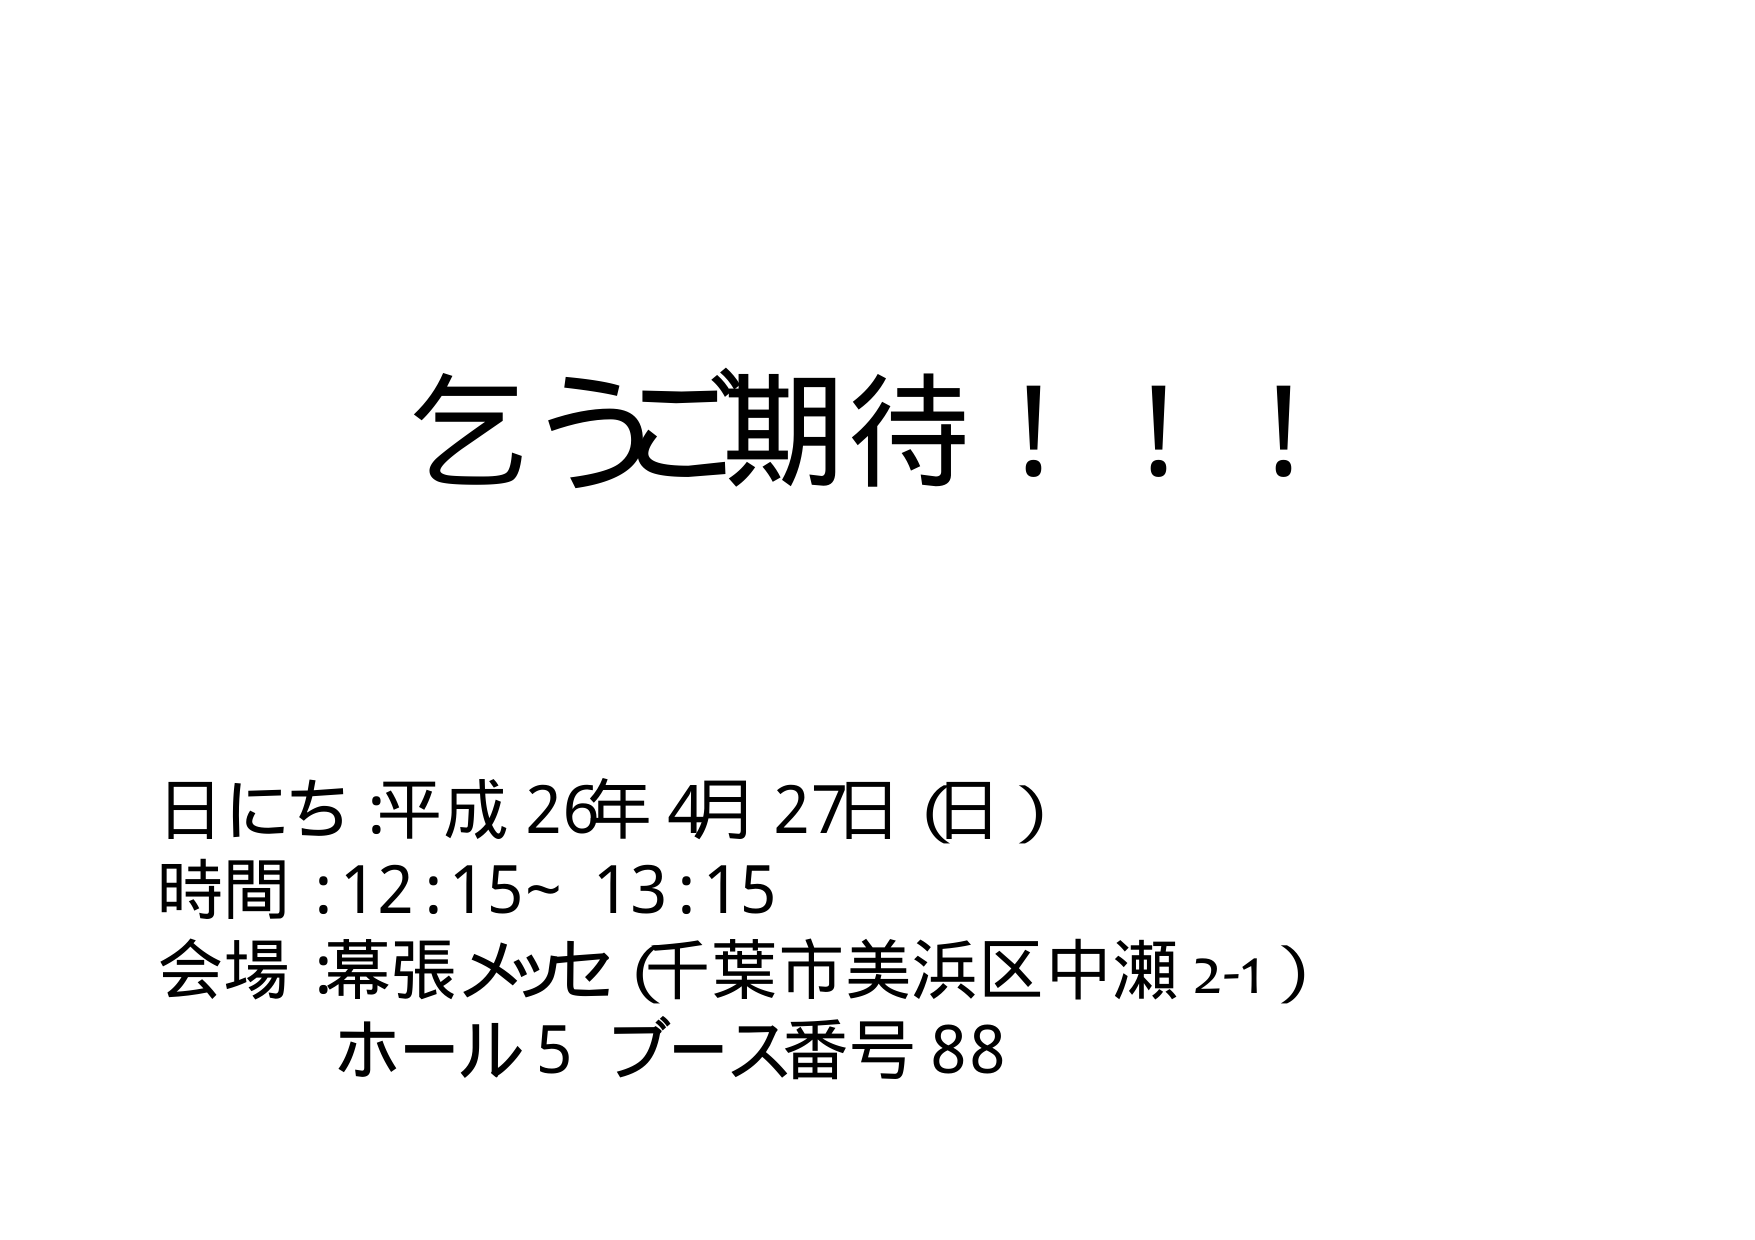
乞うご期待！！！

日にち：平成26年4月27日（日）
時間：12:15～13:15
会場：幕張メッセ（千葉市美浜区中瀬2-1）
ホール5 ブース番号88